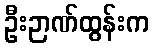
ဦးဉာဏ်ထွန်းက